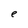
Character: e